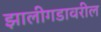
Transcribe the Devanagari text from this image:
झालीगडावरील